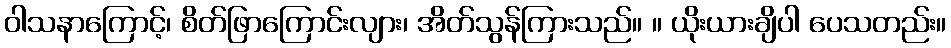
ဝါသနာကြောင့်၊ စိတ်ဖြာကြောင်းလျား၊ အိတ်သွန်ကြားသည်။ ။ ယိုးယားချိပါ ပေသတည်း။